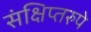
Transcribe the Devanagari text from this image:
संक्षिप्तरुपे